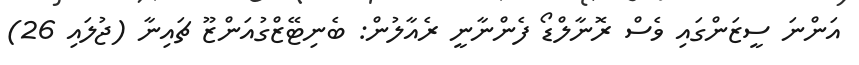
އަންނަ ސީޒަންގައި ވެސް ރޮނާލްޑޯ ފެންނާނީ ރެއާލުން: ބެނިޓޭޒްގުއަންޒޫ ޗައިނާ (ޖުލައި 26)